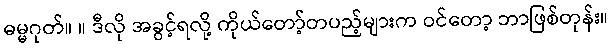
ဓမ္မဂုတ်။ ။ ဒီလို အခွင့်ရလို့ ကိုယ်တော့်တပည့်များက ဝင်တော့ ဘာဖြစ်တုန်း။